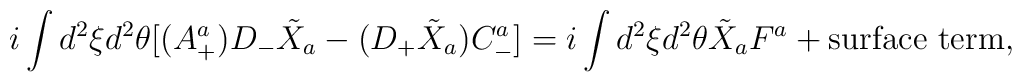
i\int d^{2}\xi d^{2}\theta [(A^{a}_{+})D_{-}\tilde{X}_{a}-(D_{+}\tilde{X}_{a})C_{-}^{a}]=i\int d^{2}\xi d^{2}\theta\tilde{X}_{a}F^{a} + \mbox{surface term},